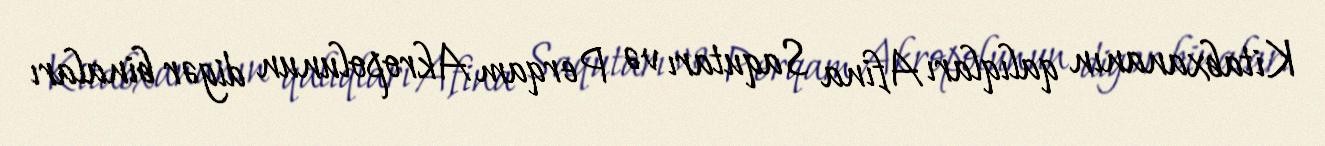
Kitabxananın qalıqları Afina Saqutarı və Perqam Akropolunun digər binaları